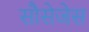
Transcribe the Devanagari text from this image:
सौसेजेस